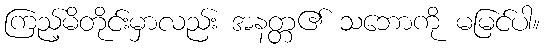
ကြည့်မိတိုင်းမှာလည်း အနတ္တ၏ သဘောကို မမြင်ပါ။